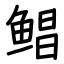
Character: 鲳